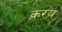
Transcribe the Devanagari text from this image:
करय